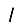
Digit: 1